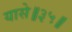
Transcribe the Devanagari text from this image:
यासे॥३५॥